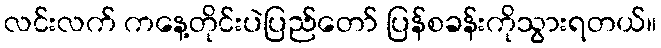
လင်းလက် ကနေ့တိုင်းပဲပြည်တော် ပြန်စခန်းကိုသွားရတယ်။